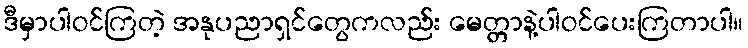
ဒီမှာပါဝင်ကြတဲ့ အနုပညာရှင်တွေကလည်း မေတ္တာနဲ့ပါဝင်ပေးကြတာပါ။